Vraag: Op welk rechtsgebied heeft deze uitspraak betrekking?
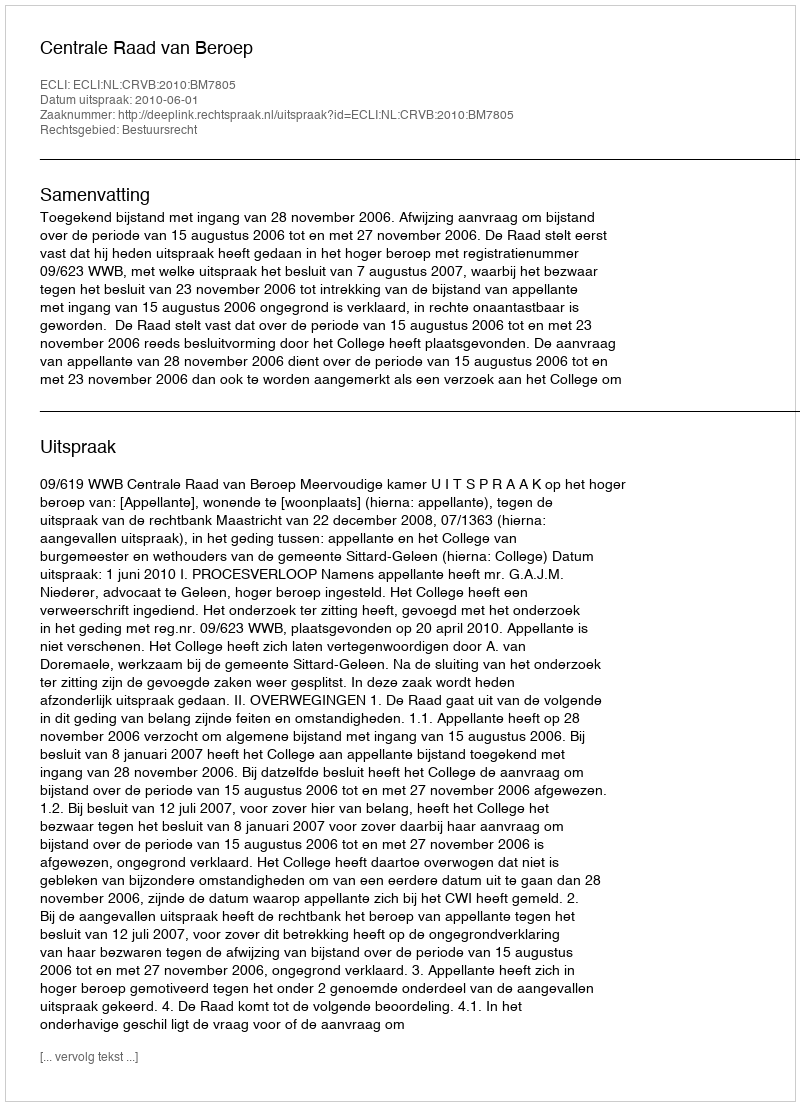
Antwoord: Bestuursrecht